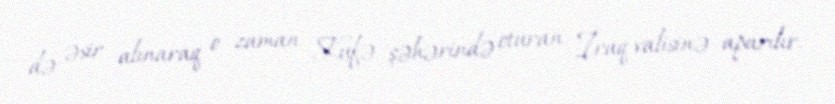
də əsir alınaraq o zaman Kufə şəhərində oturan İraq valisinə aparılır.